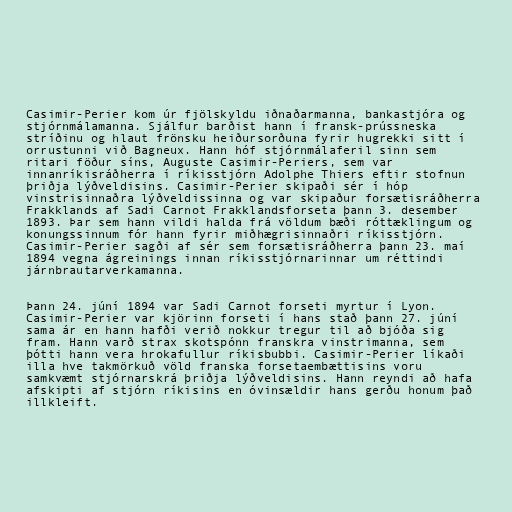
Casimir-Perier kom úr fjölskyldu iðnaðarmanna, bankastjóra og
stjórnmálamanna. Sjálfur barðist hann í fransk-prússneska
stríðinu og hlaut frönsku heiðursorðuna fyrir hugrekki sitt í
orrustunni við Bagneux. Hann hóf stjórnmálaferil sinn sem
ritari föður síns, Auguste Casimir-Periers, sem var
innanríkisráðherra í ríkisstjórn Adolphe Thiers eftir stofnun
þriðja lýðveldisins. Casimir-Perier skipaði sér í hóp
vinstrisinnaðra lýðveldissinna og var skipaður forsætisráðherra
Frakklands af Sadi Carnot Frakklandsforseta þann 3. desember
1893. Þar sem hann vildi halda frá völdum bæði róttæklingum og
konungssinnum fór hann fyrir miðhægrisinnaðri ríkisstjórn.
Casimir-Perier sagði af sér sem forsætisráðherra þann 23. maí
1894 vegna ágreinings innan ríkisstjórnarinnar um réttindi
járnbrautarverkamanna.

Þann 24. júní 1894 var Sadi Carnot forseti myrtur í Lyon.
Casimir-Perier var kjörinn forseti í hans stað þann 27. júní
sama ár en hann hafði verið nokkur tregur til að bjóða sig
fram. Hann varð strax skotspónn franskra vinstrimanna, sem
þótti hann vera hrokafullur ríkisbubbi. Casimir-Perier líkaði
illa hve takmörkuð völd franska forsetaembættisins voru
samkvæmt stjórnarskrá þriðja lýðveldisins. Hann reyndi að hafa
afskipti af stjórn ríkisins en óvinsældir hans gerðu honum það
illkleift.